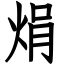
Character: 焆